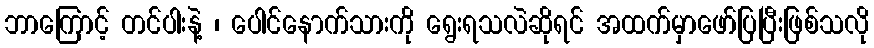
ဘာကြောင့် တင်ပါးနဲ့ ၊ ပေါင်နောက်သားကို ရွေးရသလဲဆိုရင် အထက်မှာဖော်ပြပြီးဖြစ်သလို